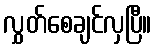
လွှတ်စေချင်လှပြီ။